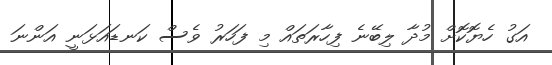
އަގު ހެޔޮކޮށް މުދާ ލިބޭނެ ފިހާރަތައް މި ފަހަރު ވެސް ކަނޑައަޅަނީ އަންނަ